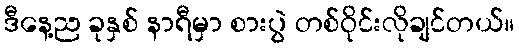
ဒီနေ့ည ခုနှစ် နာရီမှာ စားပွဲ တစ်ဝိုင်းလိုချင်တယ်။